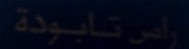
راس تابودة